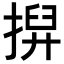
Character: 𢱲